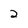
Character: 2